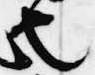
也